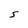
Character: S